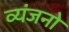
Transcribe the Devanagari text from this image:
व्‍यंजनो